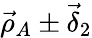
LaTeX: \vec{\rho}_{A}\pm\vec{\delta}_{2}